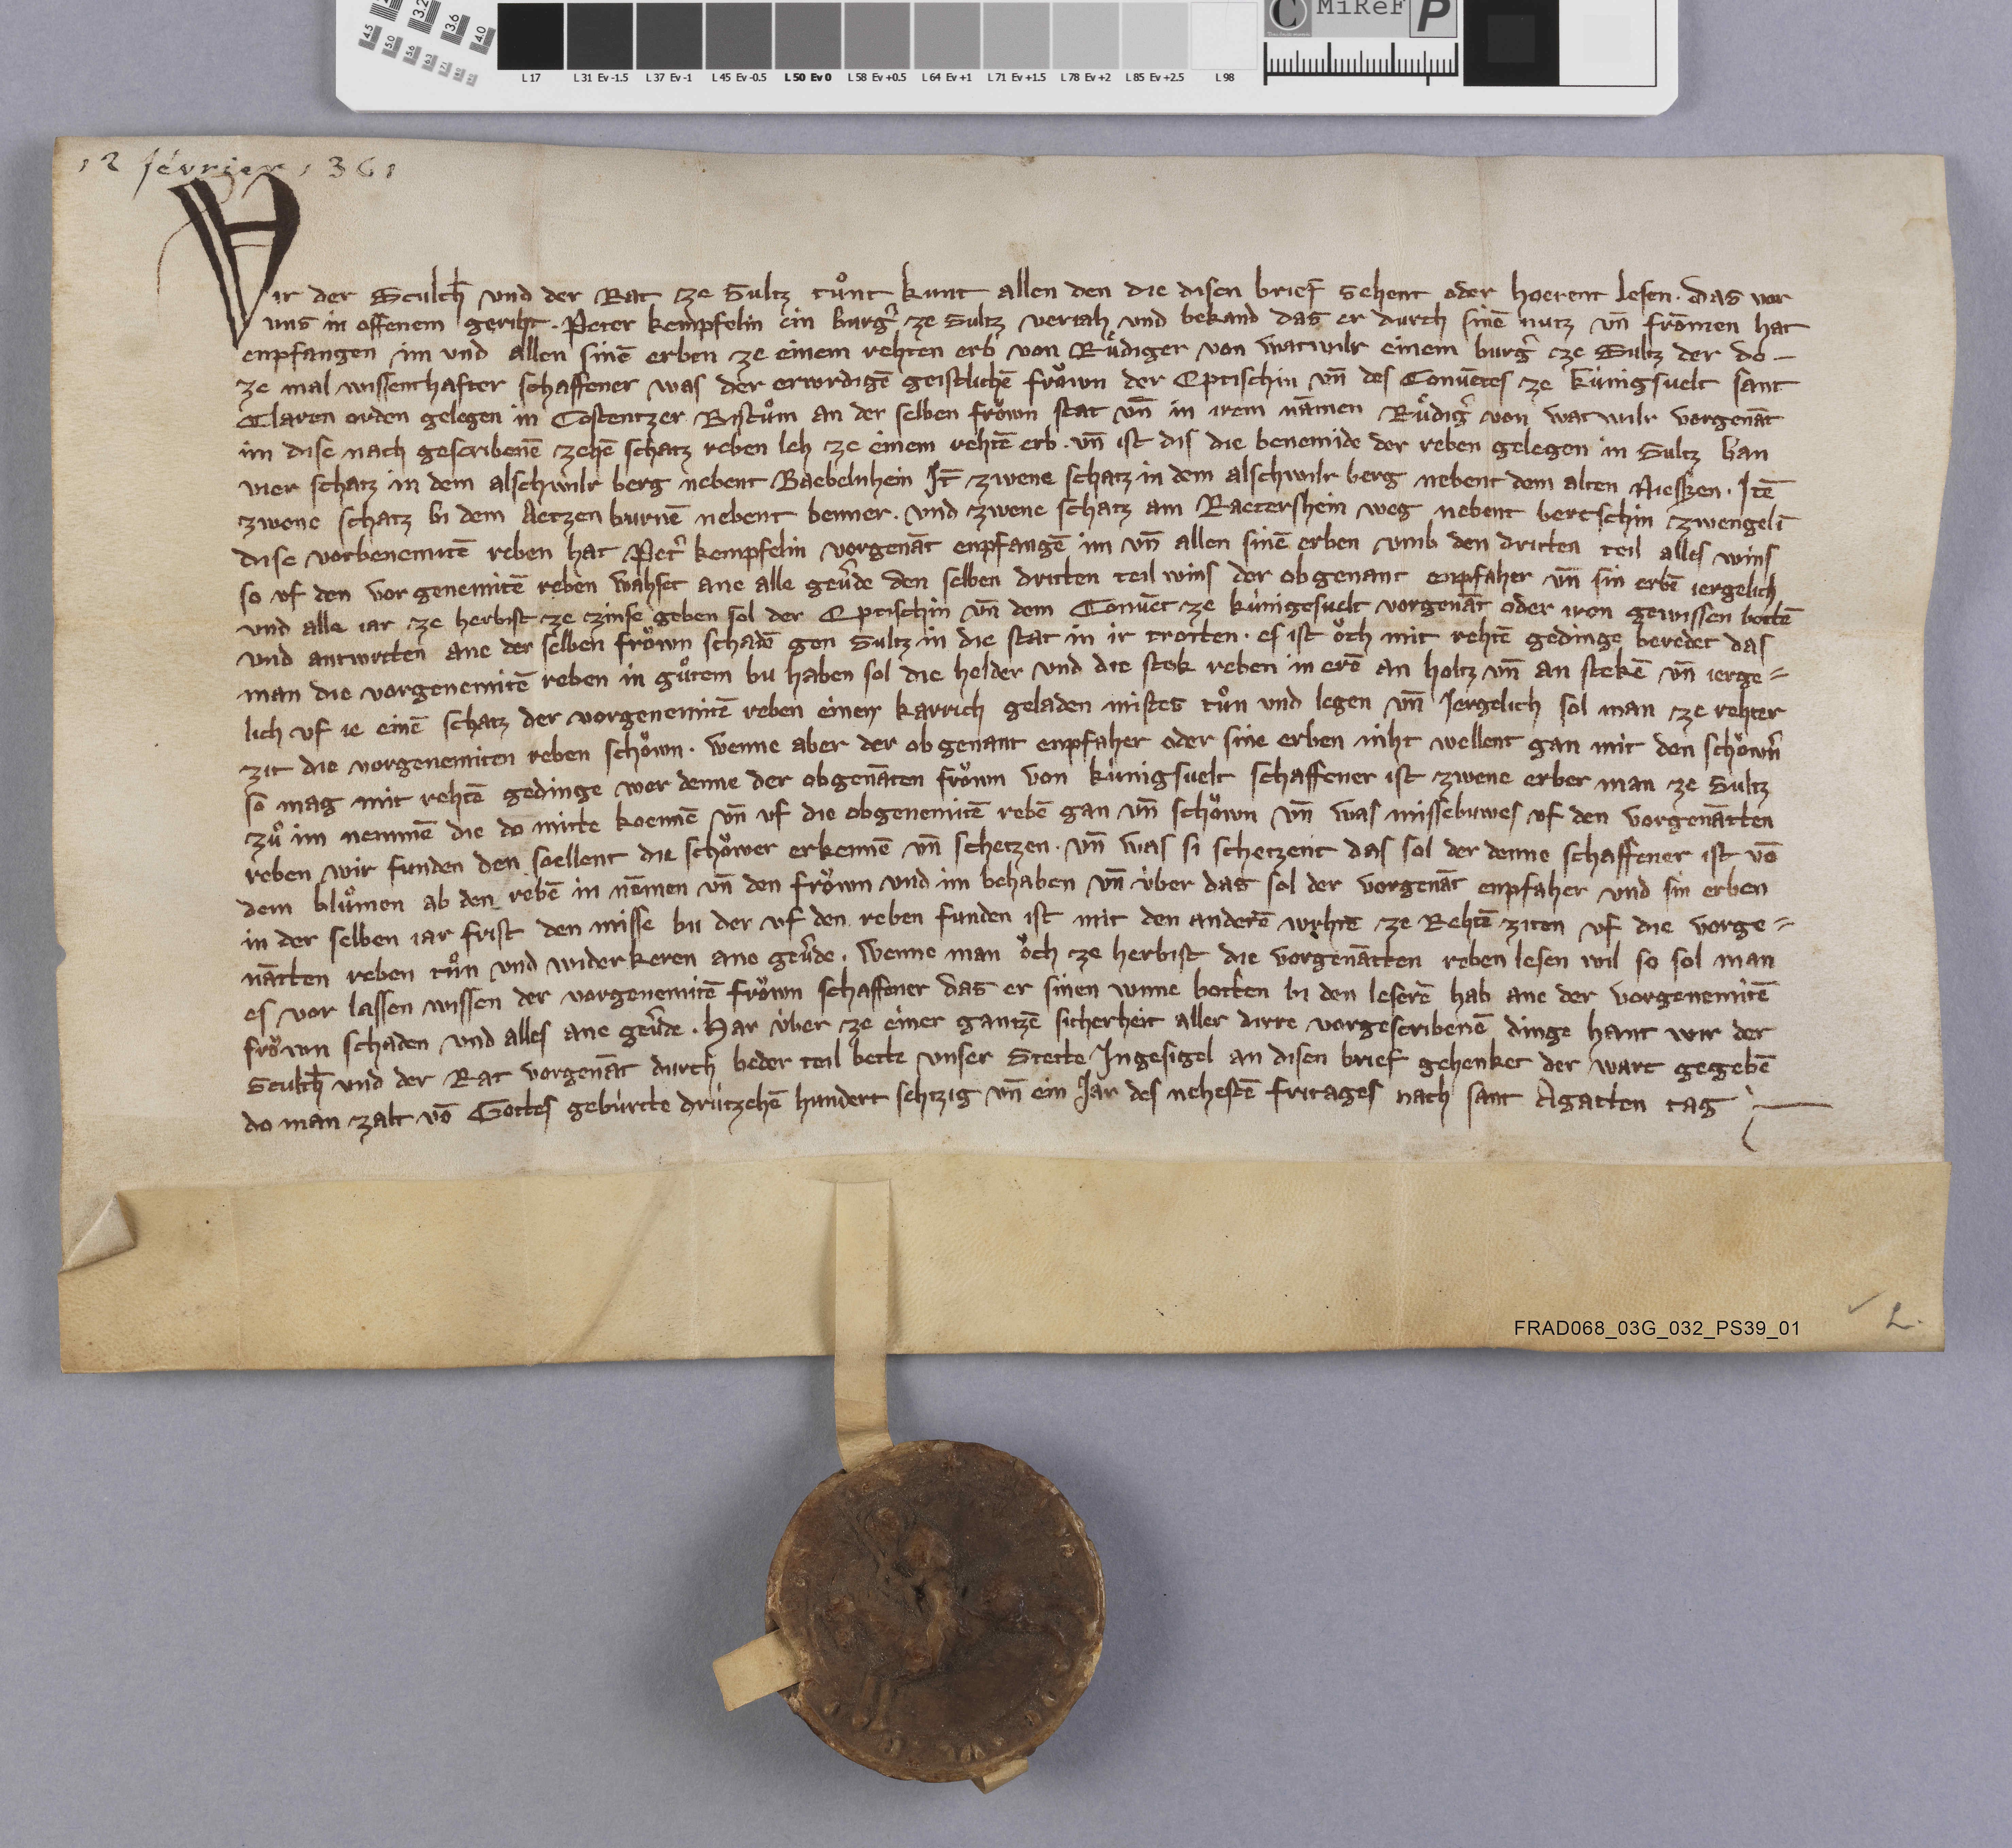
12 février 1361

Wir der schulth̄ und der rat ze Sultz tuͦnt kunt allen den die disen brief sehent oder hoerent lesen ✳ das vor
uns in offenem geriht ✳ Peter Kempfelin ein burgˀ ze Sultz verjah und bekand das er durch sinē nutz un̄ frōmen hat
enpfangen im und allen sinē erben ze einem rehten erb von Ruͤdiger von Watwilr einem burgˀ ze Sultz der do¬
ze mal wissenthafter schaffener was der erwrdigē geistlichē froͧwn der eptischin un̄  des convētes ze Kùnigsvelt Sant
Claren orden gelegen in Costentzer bistuͦm an der selben froͧwen stat un̄ in irem nāmen Ruͤdigˀ von Watwilr vorgenāt
im dise nach gescribenē zehē schatz reben leh ze einem rehtē erb ✳ un̄ ist dis die benemide der reben gelegen in Sultz ban
vier schatz in dem Alschwilr berg nebent Baebelnhein. it̄ zwene schatz in dem Alschwilr berg nebent dem alten Niesszen. ✳ itē
zwene schatz bi dem Aetzen Burnē nebent Benner. ✳ und zwene schatz am Ractershein weg nebent Bertschin Zwengelī.
dise vorbenemitē reben hat Petˀ Kempfelin vorgenāt enpfangē im un̄ allen sinē erben umb den dritten teil alles wins
so uf den vor gnemitē reben wahset ane alle gevˀde den selben dritten teil wins der obgenant enpfaher un̄ sin erbē jergelich
und alle jar ze herbist ze zinse geben sol der eptischin un̄ dem convēt ze Kùnigesvelt vorgenāt oder iren gewissen bottē
und antwrtten an der selben froͧwn schdē gen Sultz in die stat in ir trotten. ✳ es ist oͧch mit rehtē gedinge beredet das
man die vorgenemitē reben in guͦtem bu haben sol die helder und die stok reben in erē  an holtz un̄ an stekē un̄ jerge¬
lich uf je einē schatz der vorgenemitē reben einen karrich geladen mistes tuͦn und legen un̄ jergelich sol man ze rehter
zit die vorgenemiten reben schoͧwn. ✳ wenne aber der obgenant enpfaher oder sine erben niht wellent gan mit den schoͧwˀn
so mag mit rehtē gedinge wer denne der obgenāten froͧwn von Kùngisvelt schaffener ist zwene erber man ze Sultz
zuͦ im nemmē die do mitte koennē un̄ uf die obgenemitē rebē gan un̄ schoͧwn un̄ was missebuwes uf den vorgenātten
reben wir funden den soelent die schoͧwer erkennē un̄ schetzen ✳ un̄ was si schetzent das sol der denne schaffener ist vō
dem bluͦmen ab den rebē in nēmen un̄ den froͧwn und im behaben un̄ ùber das sol der vorgenāt enpfaher und sin erben
in der selben jar frist den misse bu der uf den reben funden ist mit den anderē wrhtē ze rehtē ziten uf die vorge¬
nātten reben tuͦn und widerkeren ane gevˀde. ✳ wenne man oͧch ze herbist die vorgenātten reben lesen wil so sol man
es vor alssen wissen der vorgenemitē froͧwn schaffener das er sinen wnne botten bi den leserē hab an der vorgenemitē
froͧwn schaden und alles ane gevˀde. ✳ har ùber ze einer gantzē sicherheit aller dirre vorgescribenē domge jamt wor der
sculth̄ und der rat vorgenāt durch beder teil bette unser stette ingeseigel an diesen breif gehenket der wart gegebē
da man zalt vō gottes gebùrde hundert sehtzig un̄ ein jar des nehestē fritages nach sant Agatten tag. ✳